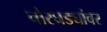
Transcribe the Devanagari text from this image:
चोरघड्यांवर